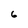
Character: 6